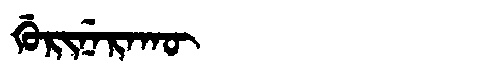
Manchu: ᡤᡠᡵᡳᠨᡝᡵᠠᡴᡡ
Romanization: GURINERAKŪ